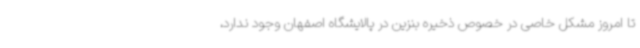
تا امروز مشکل خاصی در خصوص ذخیره بنزین در پالایشگاه اصفهان وجود ندارد،